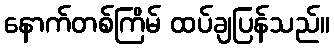
နောက်တစ်ကြိမ် ထပ်ချပြန်သည်။